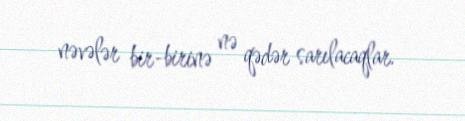
nəvələr bir-birinə nə qədər sarılacaqlar.